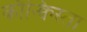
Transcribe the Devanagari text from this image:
कौन्क्विस्ता